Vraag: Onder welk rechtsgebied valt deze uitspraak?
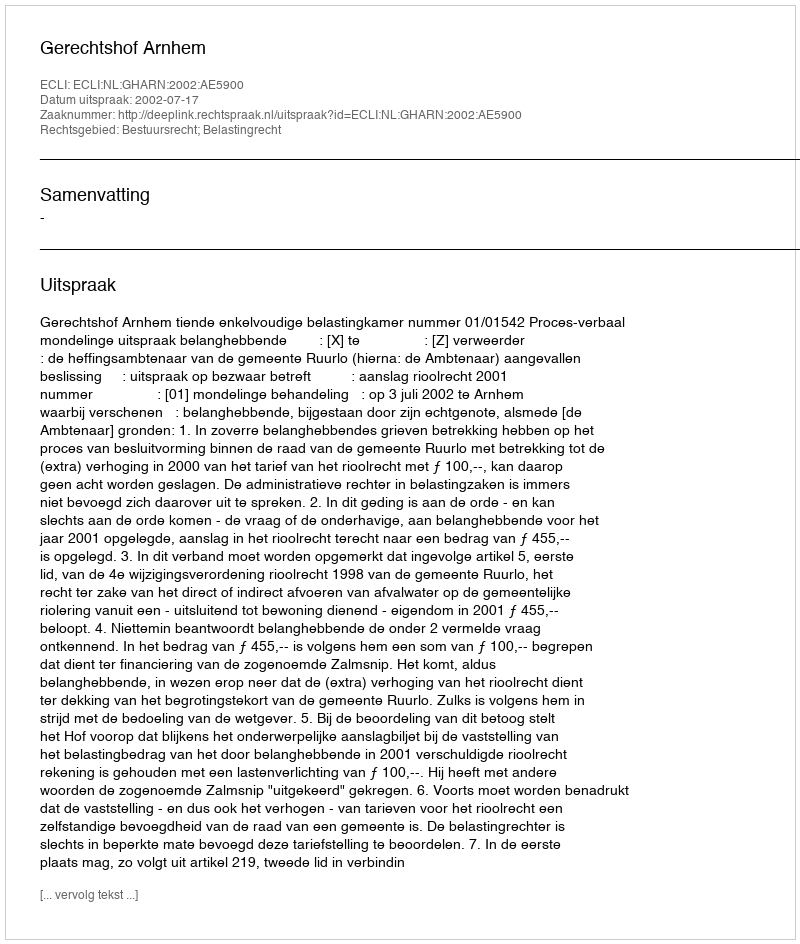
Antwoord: Bestuursrecht; Belastingrecht